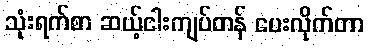
သုံးရက်စာ ဆယ့်ငါးကျပ်တန် ပေးလိုက်တာ